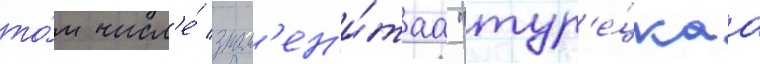
то́м числ'е́ знам'ен'и́таа "тур'е́цкаа